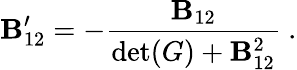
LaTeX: \mathbf{B}_{12}^{\prime}=-{\frac{{\mathbf{B}_{12}}}{{\operatorname*{det}(G)+\mathbf{B}_{12}^{2}}}}~.